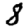
Digit: 8